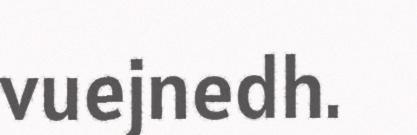
vuejnedh.